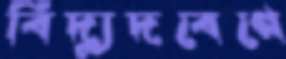
বিদ্যুদবেগে